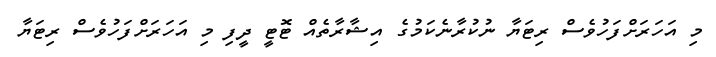
މި އަހަރަށްފަހުވެސް ރިޓަޔާ ނުކުރާނެކަމުގެ އިޝާރާތެއް ޓޮޓީ ދީފި މި އަހަރަށްފަހުވެސް ރިޓަޔާ